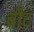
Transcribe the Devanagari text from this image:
ब्रौट